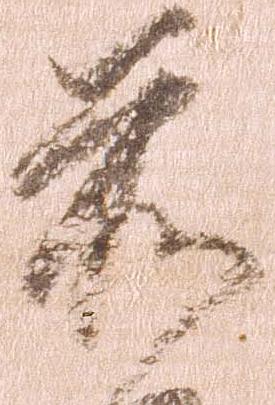
前